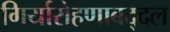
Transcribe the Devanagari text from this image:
गिर्यारोहणाबद्दल